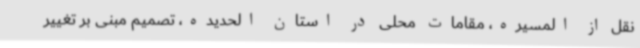
نقل از المسیره، مقامات محلی در استان الحدیده، تصمیم مبنی بر تغییر